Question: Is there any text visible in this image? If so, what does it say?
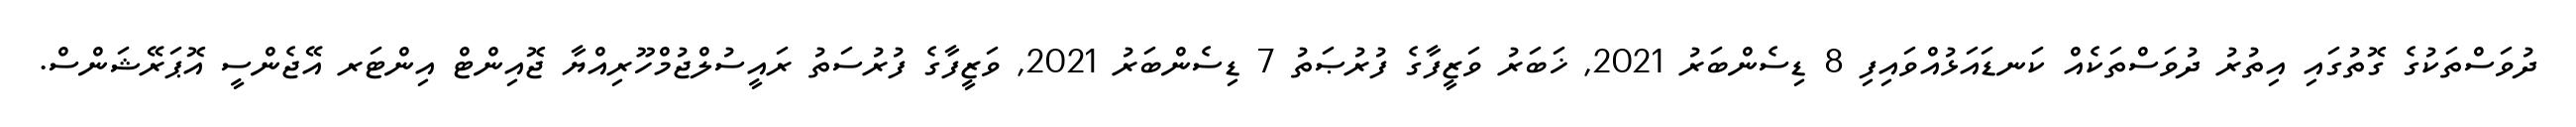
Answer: ދުވަސްތަކުގެ ގޮތުގައި އިތުރު ދުވަސްތަކެއް ކަނޑައަޅުއްވައިފި 8 ޑިސެންބަރު 2021, ޚަބަރު ވަޒީފާގެ ފުރުޞަތު 7 ޑިސެންބަރު 2021, ވަޒީފާގެ ފުރުސަތު ރައީސުލްޖުމްހޫރިއްޔާ ޖޮއިންޓް އިންޓަރ އޭޖެންސީ އޮޕަރޭޝަންސް.